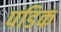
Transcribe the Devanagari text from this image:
पडिक